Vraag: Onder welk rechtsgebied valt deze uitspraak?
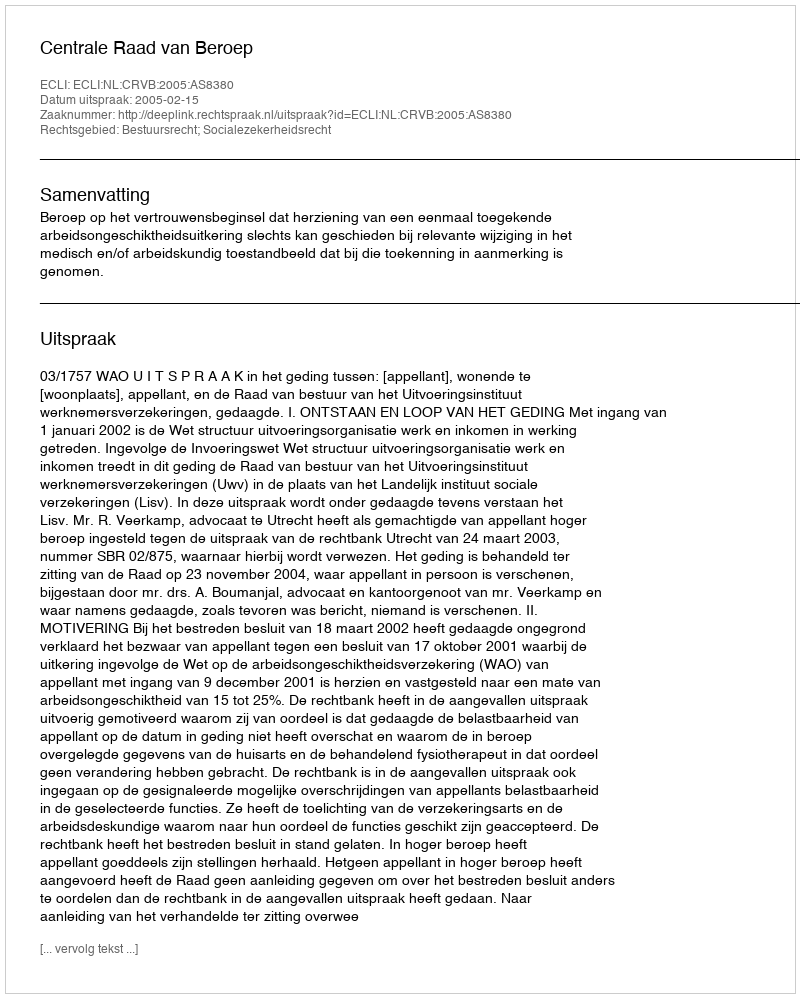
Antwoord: Bestuursrecht; Socialezekerheidsrecht